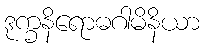
ဒုက္ခနိရောဓဂါမိနိယာ